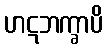
ဟဋဘက္ခာပိ